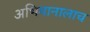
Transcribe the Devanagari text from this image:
अभिमानालाच